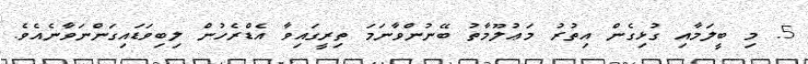
5. މި ބީލަމާއި ގުޅިގެން އިތުރު މަޢުލޫމާތު ބޭނުންވާނަމަ ތިރީގައިވާ އެޑްރެހުން ލިބިވަޑައިގަންނަވާނެއެވެ.